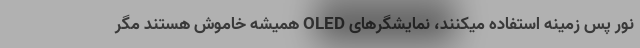
نور پس زمینه استفاده میکنند، نمایشگرهای OLED همیشه خاموش هستند مگر